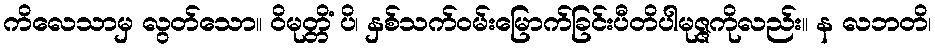
ကိလေသာမှ လွတ်သော။ ဝိမုတ္တိံ ပိ၊ နှစ်သက်ဝမ်းမြောက်ခြင်းပီတိပါမုဇ္ဇကိုလည်း။ န လဘတိ၊